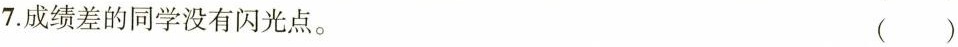
7.成绩差的同学没有闪光点。 ()